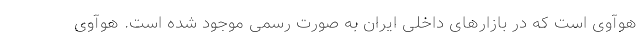
هوآوی است که در بازارهای داخلی ایران به صورت رسمی موجود شده است. هوآوی